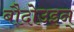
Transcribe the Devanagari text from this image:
बौदोउइन्